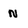
Character: n